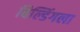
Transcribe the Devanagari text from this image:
बिल्डिंगला